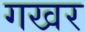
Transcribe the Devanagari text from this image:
गखर